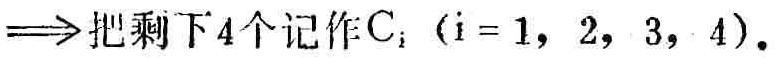
$\Longrightarrow 把剩下4个记作\mathrm{C}_{i}（i = 1,2,3,4）.$